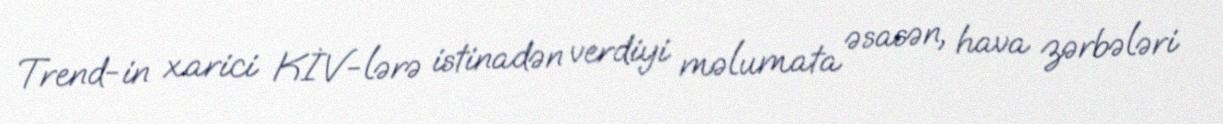
Trend-in xarici KİV-lərə istinadən verdiyi məlumata əsasən, hava zərbələri